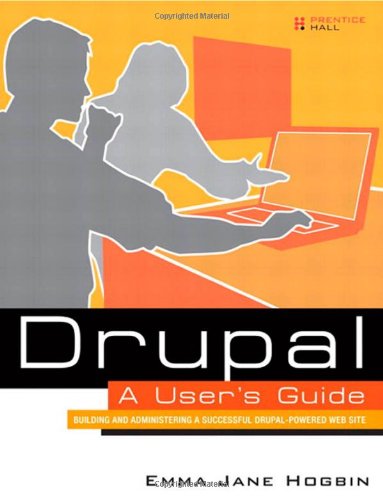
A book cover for Drupal User's Guide: Building and Administering a Successful Drupal-Powered Web Site; Emma Jane Hogbin; Computers & Technology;